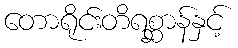
တောရိုင်းတိရစ္ဆာန်နှင့်